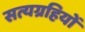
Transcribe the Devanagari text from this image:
सत्यग्रहियों